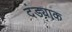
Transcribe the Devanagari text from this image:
दंड्याक